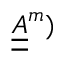
\underline { { \underline { { A } } } } ^ { m } )